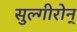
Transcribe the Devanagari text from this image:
सुल्गीरोन्